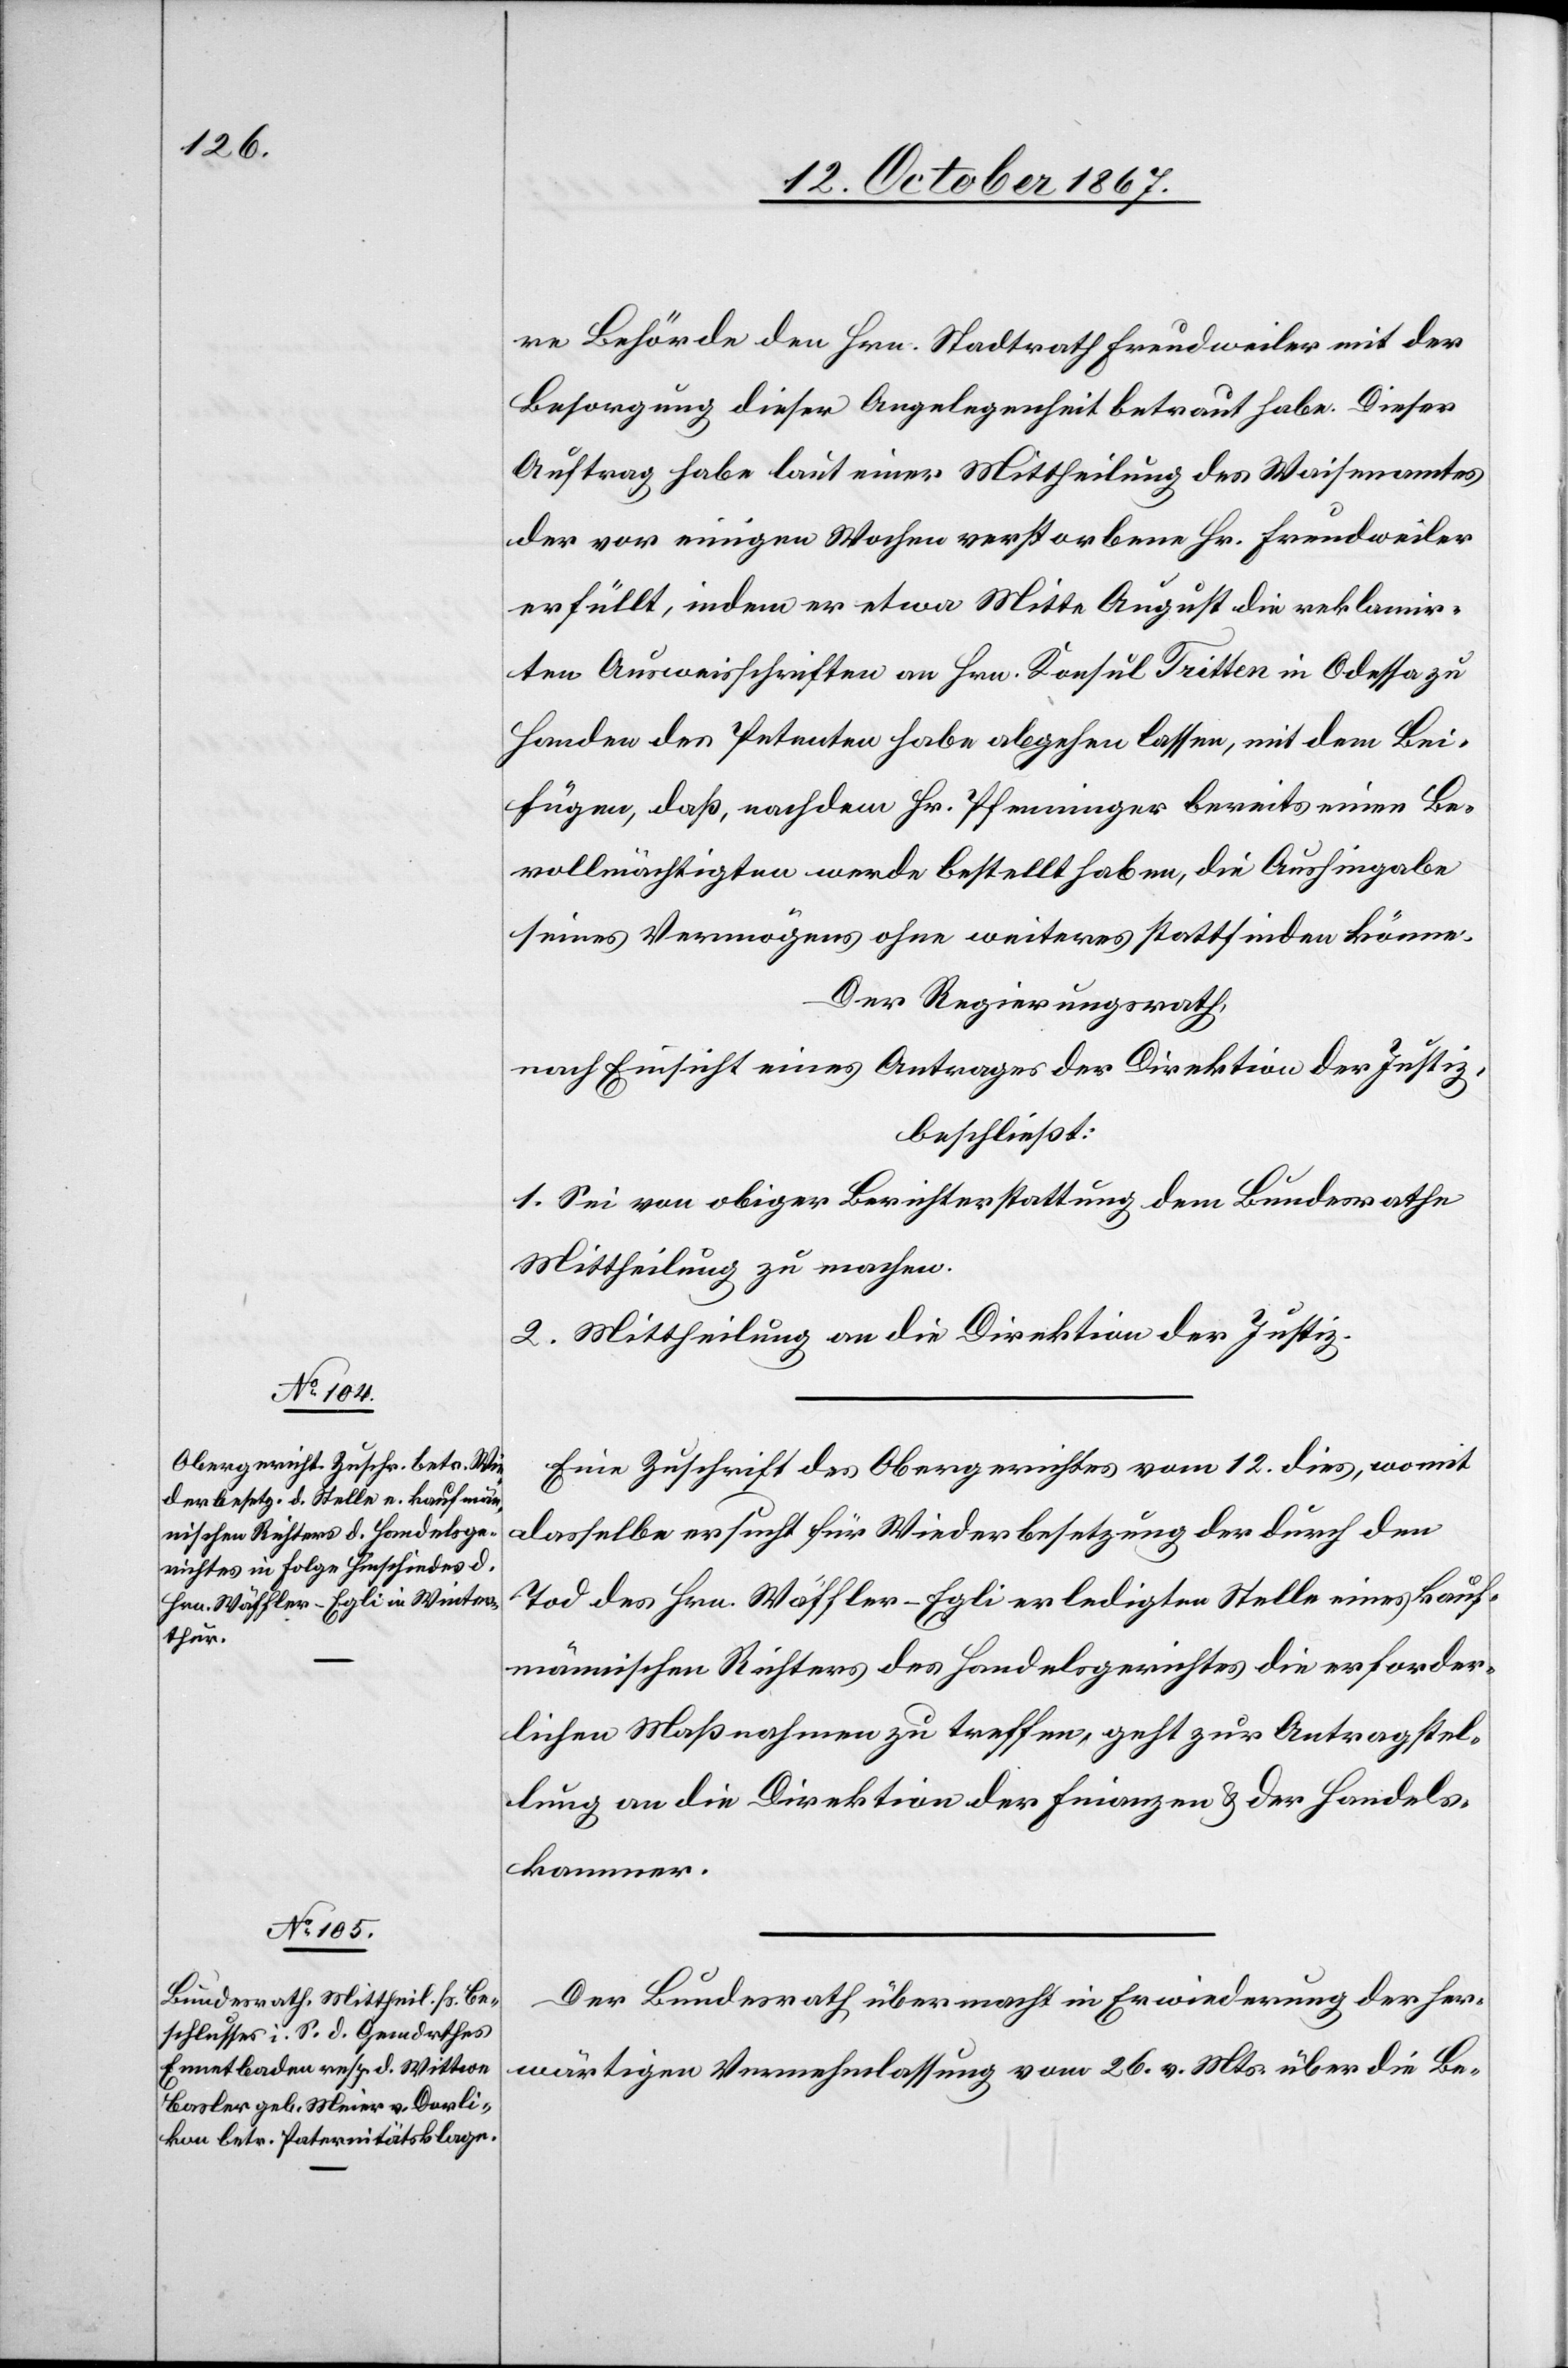
14. October 1867.]
re Behörde den Hrn. Stadtrath Freudweiler mit der
Besorgung dieser Angelegenheit betraut habe. Dieser
Auftrage habe laut einer Mittheilung des Waisenamtes
der vor einigen Wochen verstorbene Hr. Freudweiler
erfüllt, indem er etwa Mitte August die reklamir¬
ten Ausweisschriften an Hrn. Konsul Tritten in Odessa zu
Handen des Petenten habe abgehen lassen, mit dem Bei¬
fügen, daß, nachdem Hr. Pfenninger bereits einen Be¬
vollmächtigten werde bestellt haben, die Aushingabe
seines Vermögens ohne weiteres stattfinden könne.
Der Regierungsrath,
nach Einsicht eines Antrages der Direktion der Justiz,
beschließt:
1. sei von obiger Berichterstattung dem Bundesrathe
Mittheilung zu machen.
2. Mittheilung an die Direktion der Justiz.
Eine Zuschrift des Obergerichtes vom 12. dies, womit
dasselbe erucht für Wiederbesetzung der durch den
Tod des Hrn. Wäffler-Egli erledigten Stelle eines kauf¬
männischen Richters des Handelsgerichtes die erforder¬
lichen Maßnahmen zu treffen, geht zur Antragstel¬
lung an die Direktion der Finanzen u. der [sic!] Handels¬
kammer.
Der Bundesrath übermacht in Erwiederung der her¬
wärtigen Vernehmlassung vom 26. v. Mts. über die Be-